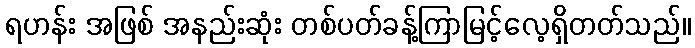
ရဟန်း အဖြစ် အနည်းဆုံး တစ်ပတ်ခန့်ကြာမြင့်လေ့ရှိတတ်သည်။